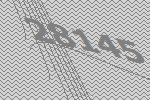
28145